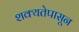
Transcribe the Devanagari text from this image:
शक्यतेपासून